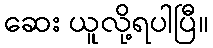
ဆေး ယူလို့ရပါပြီ။